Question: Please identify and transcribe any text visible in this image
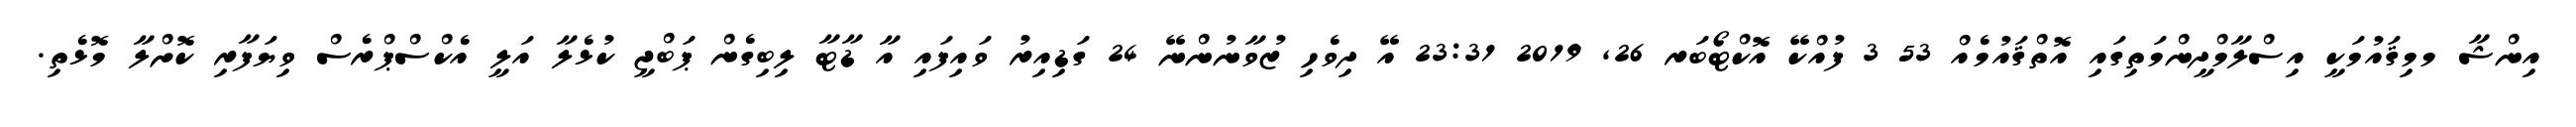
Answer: އިންޝާ މމިޤައުމަކީ އިސްލާމްދީންމަތިގައި އޮތްޤައުމެއް 53 3 ފުއްކޭ އޮކްޓޯބަރ 26, 2019 23:31 އޭ ދިވެހި ޒުވާނުންނޭ 24 ގަޑިއިރު ވައިފައި އާ ޑާޓާ ލިބިގެން ޕަބްޖީ ކުޅެލާ އަލީ އެކްސްޕްރެސް ވިޔަފާރި ކޮށްލާ މޮޅެތި.